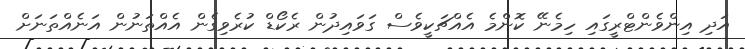
އަދި އިންވެންޓްރީގައި ހިމެނޭ ކޮންމެ އެއްޗަކީވެސް ގަވައިދުން ރެކޯޑް ކުރެވިގެން އެއްތަނުން އަނެއްތަނަށް